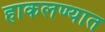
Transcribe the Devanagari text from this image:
हाकलण्यात